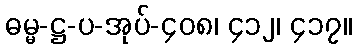
ဓမ္မ-ဋ္ဌ-ပ-အုပ်-၄၀၈၊ ၄၁၂၊ ၄၁၇။